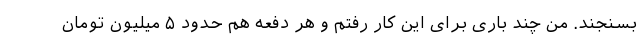
بسنجند. من چند باری برای این کار رفتم و هر دفعه هم حدود ۵ میلیون تومان